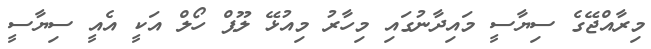
މިރާއްޖޭގެ ސިޔާސީ މައިދާނުގައި މިހާރު މިއުޅޭ ލޫޕް ހޯލް އަކީ އެއީ ސިޔާސީ